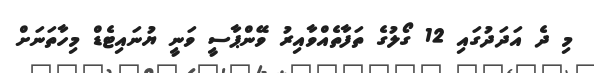
މި ދެ އަދަދުގައި 12 ގޯލުގެ ތަފާތެއްވާއިރު ވޭންޕާސީ ވަނީ ޔުނައިޓެޑް މިހާތަނަށް